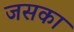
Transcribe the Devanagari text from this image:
जसका